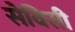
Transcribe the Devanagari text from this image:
सेविसी